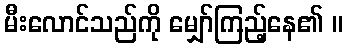
မီးလောင်သည်ကို မျှော်ကြည့်နေ၏ ။